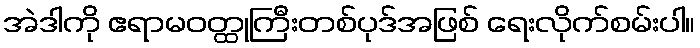
အဲဒါကို ဧရာမဝတ္ထုကြီးတစ်ပုဒ်အဖြစ် ရေးလိုက်စမ်းပါ။